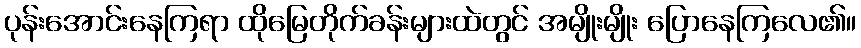
ပုန်းအောင်းနေကြရာ ထိုမြေတိုက်ခန်းများထဲတွင် အမျိုးမျိုး ပြောနေကြလေ၏။